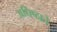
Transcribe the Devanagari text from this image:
अधिष्ठाते